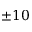
\pm 1 0